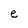
Character: e